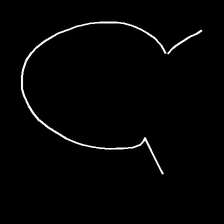
Glyph: weave